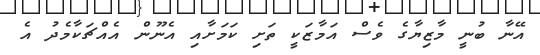
އޭނާ ބުނީ މާޒިޔާގެ ވެސް އަމާޒަކީ ތަށި ކަމަށާއި އެނޫން އެއްޗަކާމެދު އެ